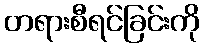
တရားစီရင်ခြင်းကို